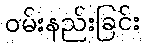
ဝမ်းနည်းခြင်း